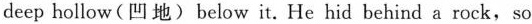
deep hollow(凹 地) below it. He hid behind a rock,so